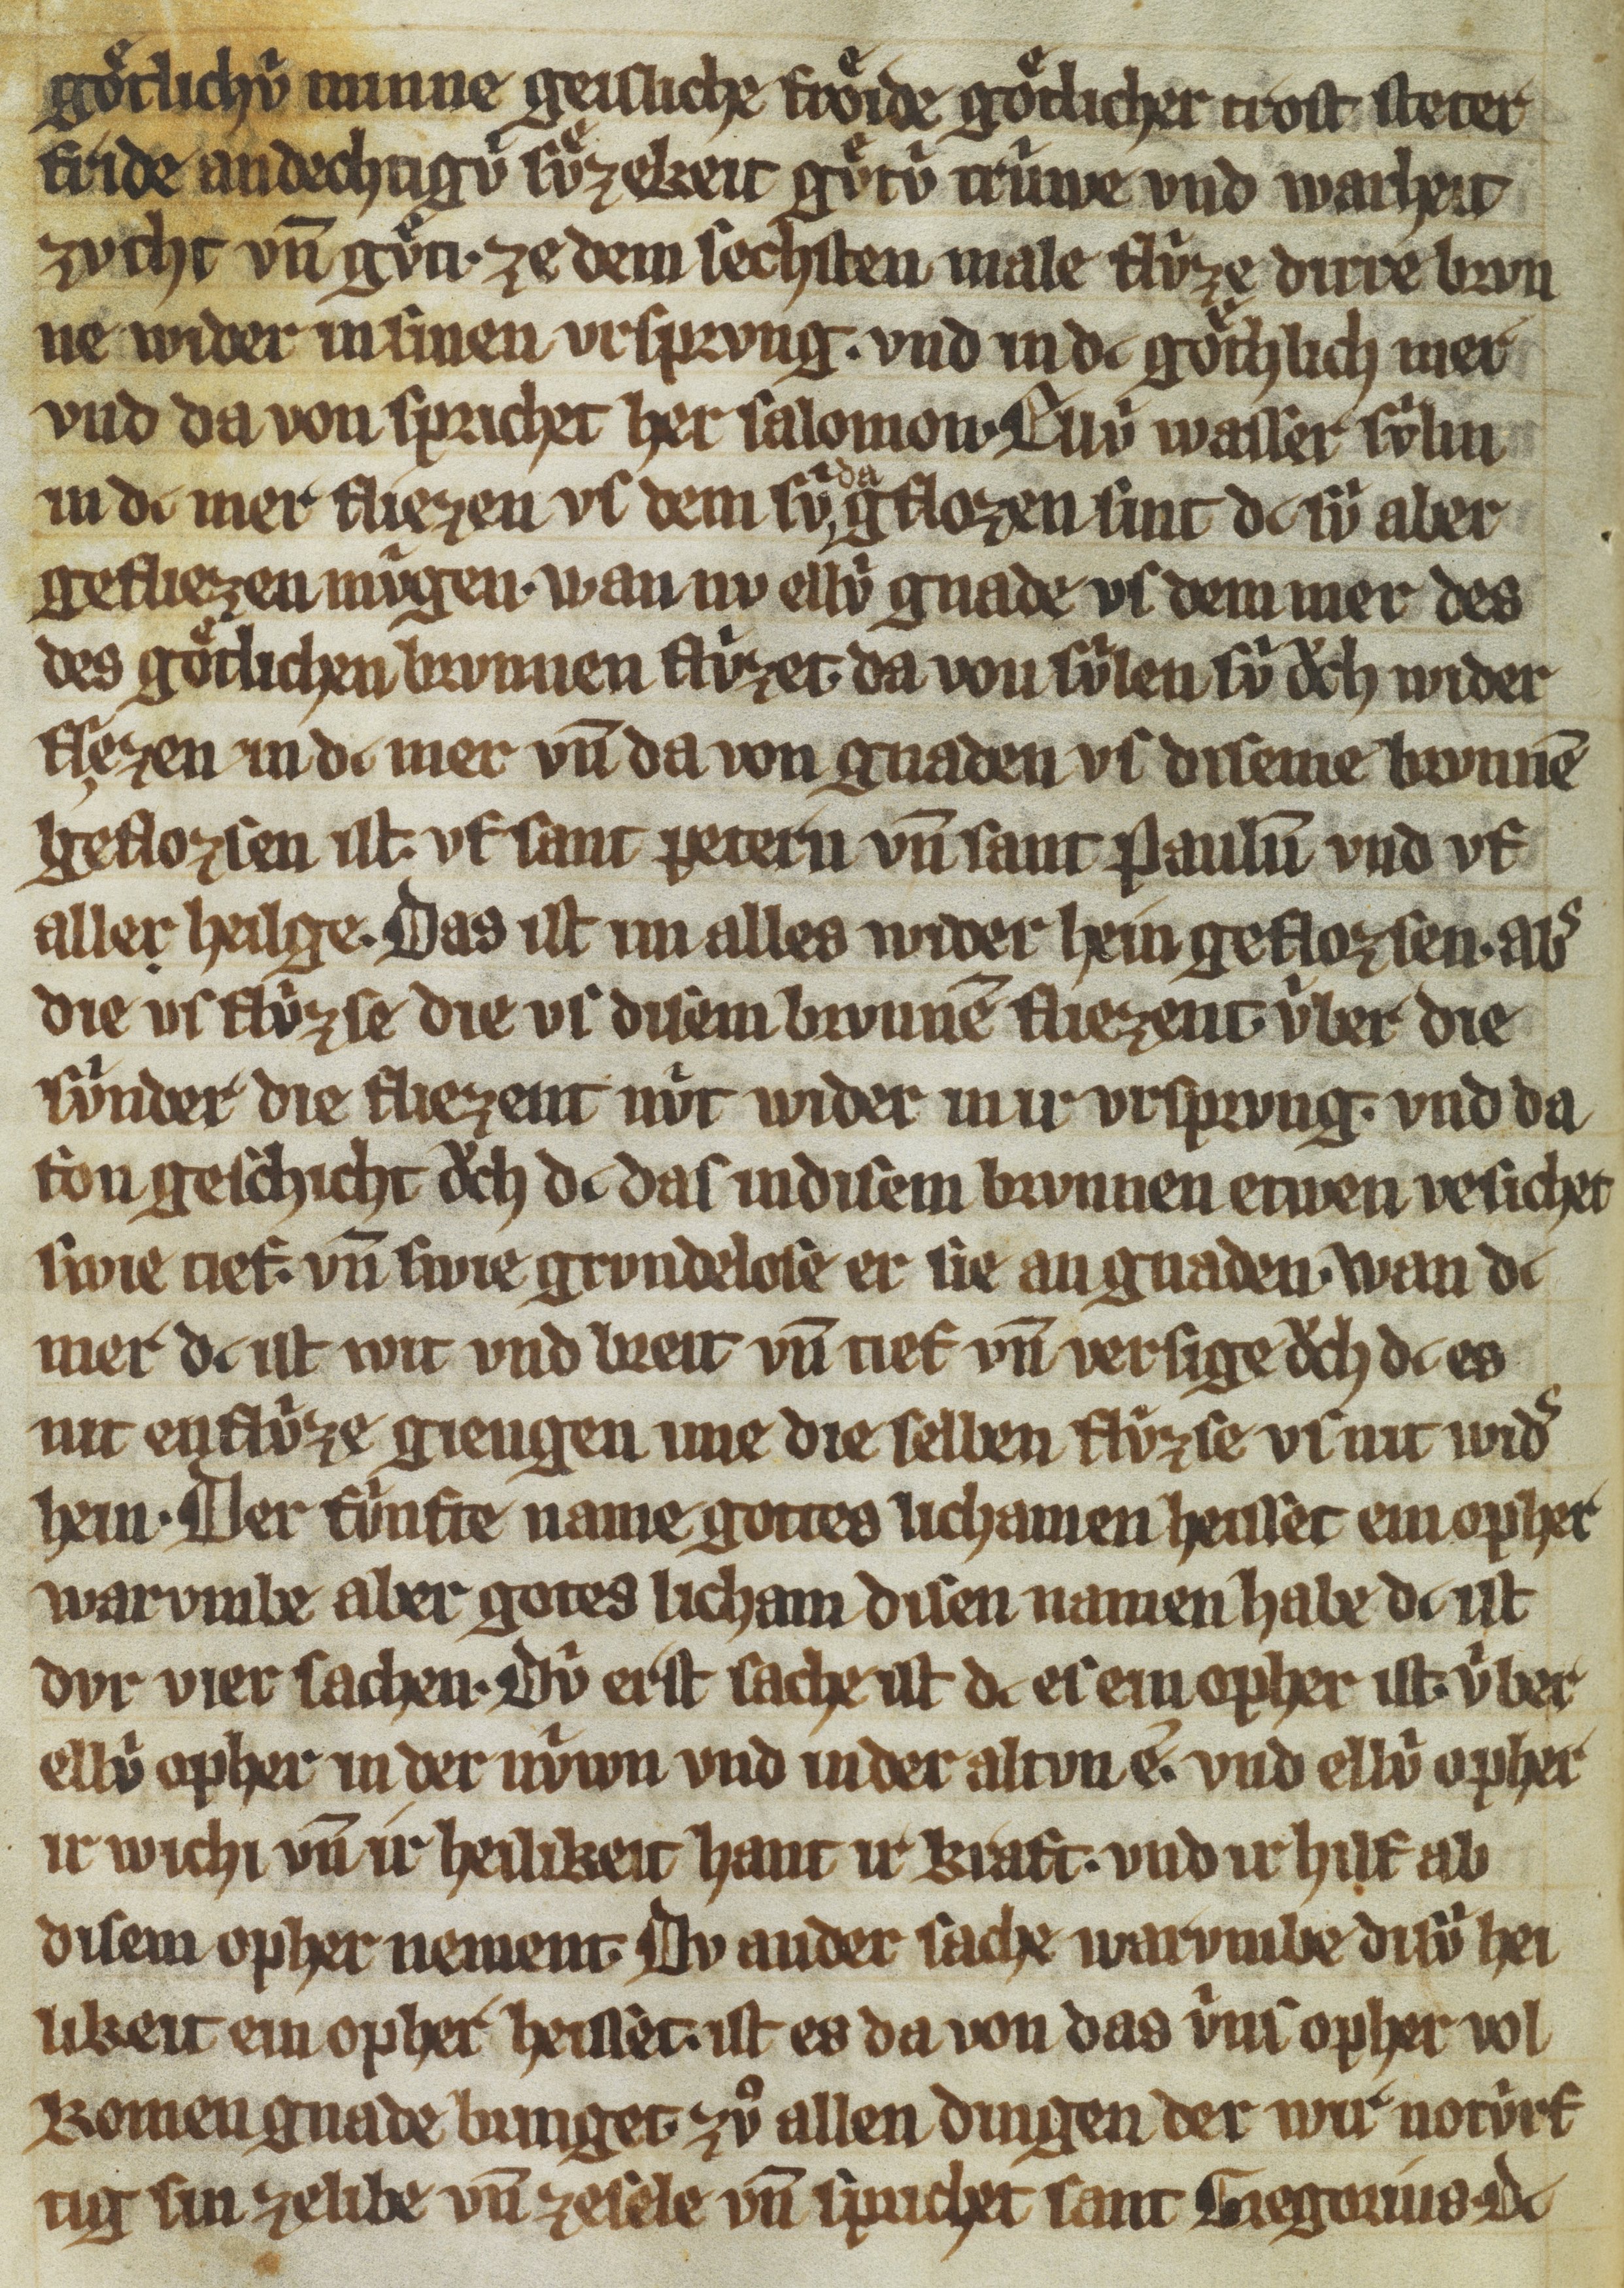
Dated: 1300–1399